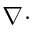
\nabla \cdot